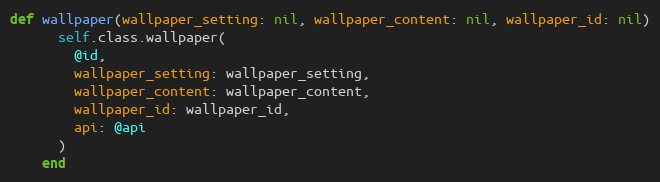
Language: Ruby
def wallpaper(wallpaper_setting: nil, wallpaper_content: nil, wallpaper_id: nil)
      self.class.wallpaper(
        @id,
        wallpaper_setting: wallpaper_setting,
        wallpaper_content: wallpaper_content,
        wallpaper_id: wallpaper_id,
        api: @api
      )
    end